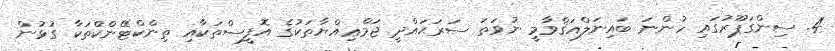
4. ސިންގަޕޫރުގައި ހުންނަ ބައިނަލްއަޤްވާމީ ނުވަތަ ސަރަޙައްދީ ޖަމްޢިއްޔާތަކުގެ އޮފީސްތަކާއި ތިންކްޓޭންކްތަކާ ގުޅުން